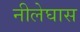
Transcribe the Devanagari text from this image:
नीलेघास